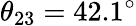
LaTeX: \theta_{23}=42.1^{\circ}